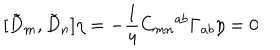
[ { \tilde { D } } _ { m } , { \tilde { D } } _ { n } ] \eta = - \frac { 1 } { 4 } C _ { m n } { } ^ { a b } \Gamma _ { a b } \eta = 0